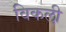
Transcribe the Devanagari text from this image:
विकली़